Physiological action of certain drugs in tablet form - Number 52A
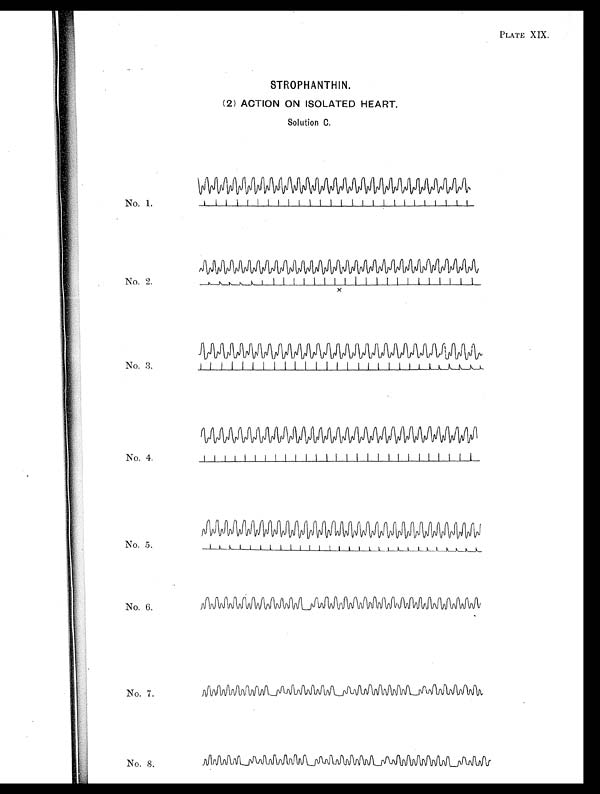
PLATE XIX.
STROPHANTHIN.
(2) ACTION ON ISOLATED HEART.
Solution C.
No. 1.
No. 2.
x
No. 3.
No. 4.
No. 5.
No. 6
No. 7.
No. 8.